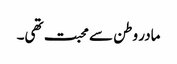
مادر وطن سے محبت تھی۔